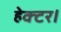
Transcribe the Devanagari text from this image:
हेक्‍टर।